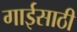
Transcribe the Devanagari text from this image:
गाईसाठी